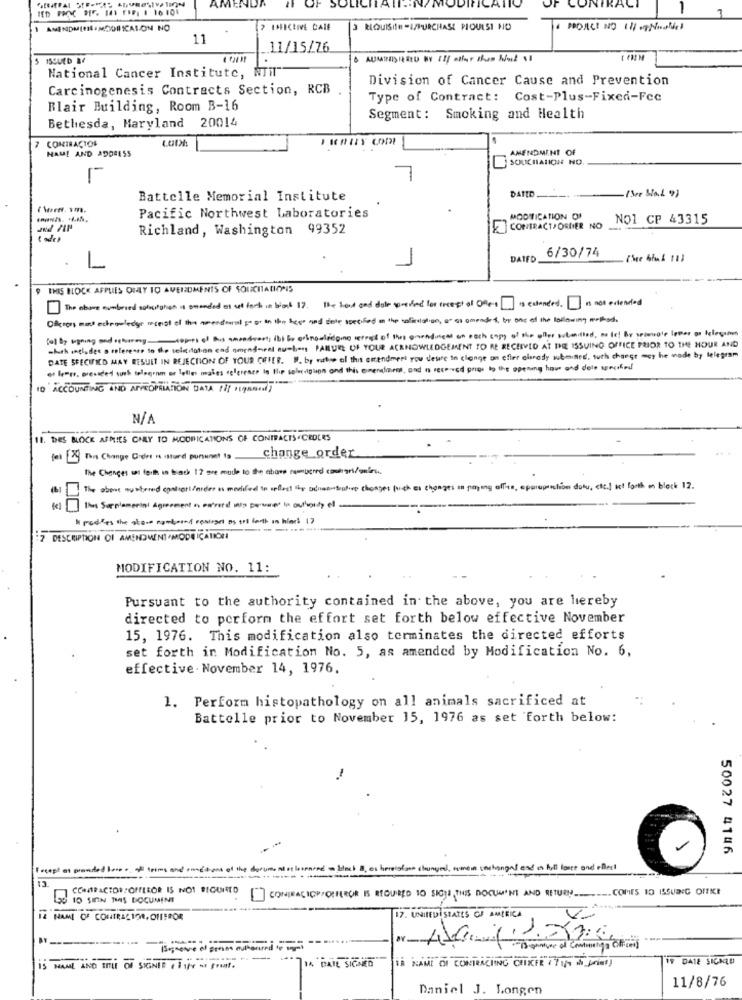
AMEN
1
1
AMENDMENTLAMODIFICASON NO
.
> IMICEIVE CAIE
3 REQUISIte -I/PURCHASE PIOULSI NO
14 PROACT NO 11/7Noches
11
11/15/76
National Cancer Institute, NTIT"
Division of Cancer Cause and Prevention
Carcinogenesis Contracts Section, RCB
Type of Contract: Cost-Plus-Fixed-Fcc
Blair Building, Room B-16
Bethesda, Maryland 20014
Segment: Smoking and Health
CONTRACTOR
NAME AND ADDRESS
AMENDMENT OF
SOUCHATION NO
DATID.
Battelle Memorial Institute
(See Wal 9)
Pacific Northwest Laboratories
MODIFICATION OF
NO1 CP 43315
Richland, Washington 99352
CONTRACTPORDER NO
6/30/74
-
DATED
(See bruk 11)
9 THIS BLOCK APPLIES ONLY TO AMENDMENTS OF SOUCITATIONIS
The above numbried sobstation is standed as set fort in black 17. the hand and dule porind los incest of Ofers is colaneed Is not extended
Offices med acknowledge reservat of the senderal go or in the bees and date specified in the saficulation, ar as amended by one of the following method.
fel By signing and returning copies of his amontreal; ibt bo arknowledging retros of thes groundinges on each caps of the offer submitted, no let By triangle loper ao lalegitim
which includes a reference to the solicitation and amontarel numbers PARUE OF YOUR ACKNOWLEDGEMENT TO RE RECEIVED AT THE ISSUING OFFICE PRIOR TO THE HOUR AND
DATE SPECIFIED MAY RESULT IN REJECTION OF YOUR OFFER. W. by attse ol this amendment you desire in clange on efter alsrady submines, such change mey he made by telegram
es lemte, pressded such telegram on lelles males eglerence to the selecigton and this emerclient, and n received grigs to the opening hour and dele woched
10 ACCOUNTING AND APPROPRIATION DATA //f 1LARR;
11. DIES BLOCK AFMIES CHLY TO MODRICATIONS OF CONTRACTS .CROCES
for [29 This Change C-det is stund pursuant to
change_order
The Changes sat faith in black 12 are made to the above rammugredi comargrifonirss
The above mustened cantieri/ardes is modified in affect the advan-sentire changes high as changes in paying offes, appropriation dolu, etc.) set forth on block 12.
() The Supplemental Agreement is carried win power in ourbounty el
" medkes the store comboand reaiset as tot forth in blows 17
:2 DESCRIPTION OF AMENDMENT MODEICATION
MODIFICATION NO. 11:
Pursuant to the authority contained in the above, you are hereby
directed to perform the effort set forth below effective November
15, 1976. This modification also terminates the directed efforts
set forth in Modification No. 5, as amended by Modification No. 6,
effective. November 14, 1976.
1. Perform histopathology on all animals sacrificed at
Battelle prior to November 15, 1976 as set forth below:
50027 4146
13
COMPACTORCOFFEEOR IS NOT BICUIRTO
CONIBACICP/OUFEROR IS REQUIRED 10 SIGUI THIS DOCUM'NI AND RETURN ____. COMES 10 ISSUING OFFICE
10 SIN THIS DOCUMENT
17. UNITEDSTATES OF AMERICA
Vi
--
Ts saniye of Conanliga Ofing
HA NAME OF COMTRACING CORRER 1 TIM I DONT]
IF DATE SICHELE
IS HAML AND TITLE OF SIGNER ( 1 1/4 - $runt.
14 DAIL SIGNED
Daniel J. Longen
11/8/76